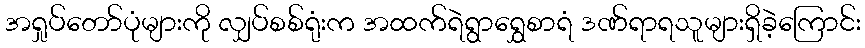
အရှုပ်တော်ပုံများကို လျှပ်စစ်ရုံးက အထက်ရဲရွာရွှေစာရံ ဒဏ်ရာရသူများရှိခဲ့ကြောင်း